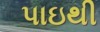
પાઇથી